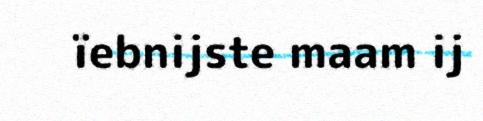
ïebnijste maam ij